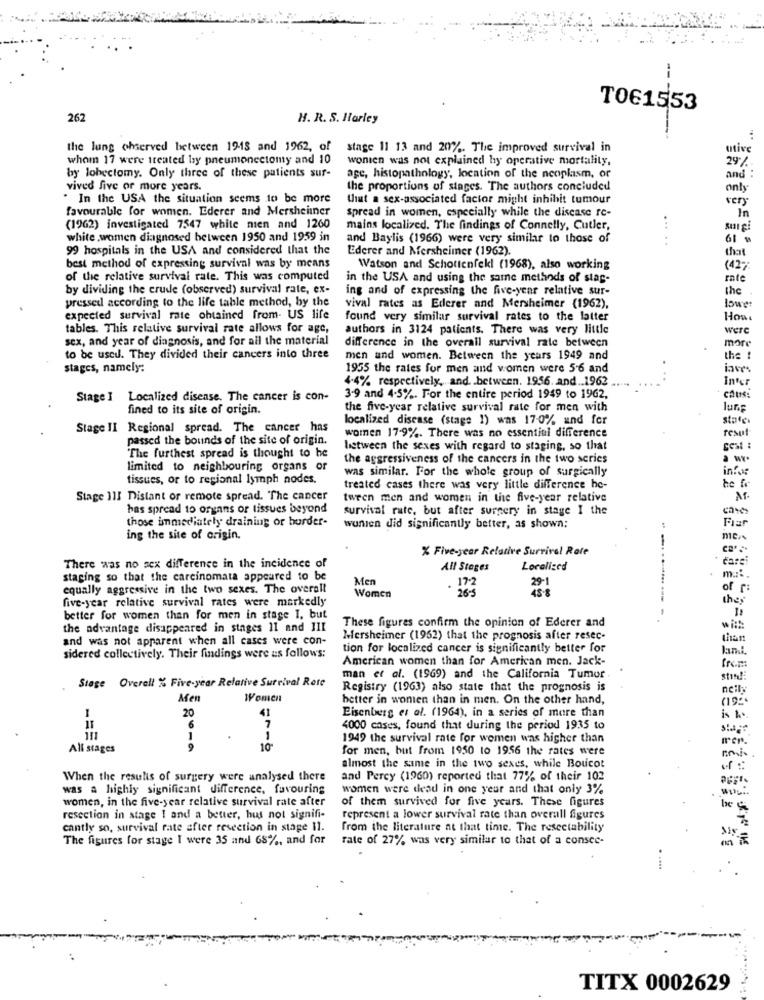
TO61553
262
H. R. S. Harley
the lung ohserved between 1945 and 1962, of
stage 11 13 and 20%. The improved survival in
utive
whom 17 were treated by pneumonectomy and 10
wonien was not explained hy operative mortality,
29/
and :
by lohectomy. Only three of these patients sur-
age, histopathology, location of the neoplasm, or
vived five or more years.
the proportions of stages. The authors concluded
only
" In the USA the situation seems to be more
that a sex-associated factor might inhibit tumour
very
favourable for women. Ederer and Mersheimner
spread in women, especially while the disease re-
In
(1962) investigated 7547 white mien and 1260
mains localized. The findings of Connelly, Cutler,
...
white women diagnosed between 1950 and 1959 in
and Baylis (1966) were very similar to those of
61
99 hospitals in the USA and considered that the
Ederer and Mersheimer (1962).
that
best method of expressing survival was by means
Watson and Schottenfekl (1968), also working
(42-
of the relative survival rate. This was computed
in the USA and using the same methods of stag-
rate
by dividing the crude (observed) survival rate, ex-
ing and of expressing the five-year relative sur-
the
pressed according to the life table method, by the
vival rates as Ederer and Mersheimer (1962),
lowe
expected survival rate obtained from. US life
found very similar survival rates to the latter
Hows
tables. This relative survival rate allows for age,
authors in 3124 patients. There was very little
were
sex, and year of diagnosis, and for all the material
difference in the overall survival rate between
more
to be used. They divided their cancers into three
men and women. Between the years 1949 and
the
stages, namely:
1955 the rates for men and women were 5-6 and
4-4% respectively, and. . between. 1956. and .. 1962
Inter
Stage I Localized disease. The cancer is con-
3.9 and 4-5%. For the entire period 1949 to 1962,
cous:
fined to its site of origin.
the five-year relative survival rate for men with
luGE
localized disease (stage 1) was 17-0% and for
states
Stage II Regional spread. The cancer has
resul
passed the bounds of the site of origin.
women 17-9%. There was no essential difference
listween the sexes with regard to staging, so that
"The furthest spread is thought to he
the aggressiveness of the cancers in the two series
limited to neighbouring organs or
was similar. For the whole group of surgically
infos
tissues, or to regional lymph nodes.
be fr
treated cases there was very little difference he-
Stage III Distant or remote spread. The cancer
tween men and women in the five-year relative
has spread to organs or tissues beyond
survival rate, but after surgery in stage I the
those immediately draining or border-
Fiar
wunien did significantly better, as shown;
ing the site of origin.
X Five-year Relative Survival Rate
dare
There was no sex difference in the incidence of
All Stages
Localized
staging so that the carcinomata appeared to be
Men
. 17-2
29-1
m .::
equally aggressive in the two sexes. The overall
26-5
45.8
of r:
five-year relative survival rates were markedly
Women
they
-
better for women than for men in stage I, but
These figures confirm the opinion of Ederer and
the advantage disappeared in stages 11 and III
with:
and was not apparent when all cases were con-
Mersheimer (1962) that the prognosis after resec-
than
tion for localized cancer is significantly better for
sidered collectively. Their findings were as follows:
American women than for American men. Jack-
from
man et al. (1969) and the California Tumor.
stin !:
Stage Overall % Five-year Relative Survival Rate
Registry (1963) also state that the prognosis is
nelly
Men
Women
better in wonen than in men. On the other hand,
(195
Eisenberg et al. (1964), in a series of more than
20
41
is A.
6
4000 cases, found that during the period 1935 to
111
1
1949 the survival rate for women was higher than
All stages
9
10"
for men, but from 1950 to 1956 the rates were
almost the same in the two sexes, while Boucot
When the results of surgery were analysed there
and Percy (1960) reported that 77% of their 102
was a highly significant difference, favouring
women were dead in one year and that only 3%
women, in the five-year relative survival rate after
of them survived for five years. These figures
be &
resection in stage I and a better, but not signifi-
represent a lower survival rate than overall figures
cantly so, survival rate after resection in stage 11.
from the literature at that time. The resectability
The figures for stage I were 35 and 68%, and for
rate of 27% was very similar to that of a consee-
. ....
--
TITX 0002629